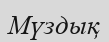
Мүздық